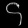
Digit: ၄